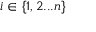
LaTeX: i \in \{ 1 , 2 . . . n \}